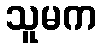
သူမက